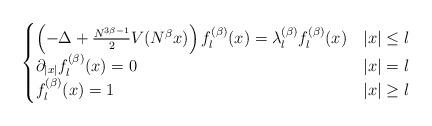
LaTeX: \begin{align*} \begin{cases}\left( -\Delta+\frac{N^{3\beta-1}}{2}V(N^\beta x) \right) f^{(\beta)}_{l}(x)=\lambda_l^{(\beta)} f_l^{(\beta)}(x)&|x|\le l\\\partial_{|x|} f_l^{(\beta)}(x)=0\quad& |x|=l\\f_l^{(\beta)}(x)=1& |x|\ge l\end{cases}\end{align*}